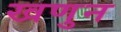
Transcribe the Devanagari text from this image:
खणुन